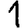
Digit: 1